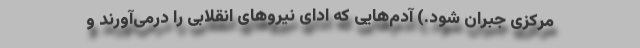
مرکزی جبران شود.) آدم‌هایی که ادای نیروهای انقلابی را درمی‌آورند و